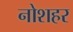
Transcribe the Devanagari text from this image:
नोशहर